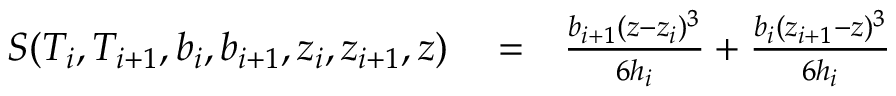
\begin{array} { r l r } { S ( T _ { i } , T _ { i + 1 } , b _ { i } , b _ { i + 1 } , z _ { i } , z _ { i + 1 } , z ) } & { { } = } & { \frac { b _ { i + 1 } ( z - z _ { i } ) ^ { 3 } } { 6 h _ { i } } + \frac { b _ { i } ( z _ { i + 1 } - z ) ^ { 3 } } { 6 h _ { i } } } \end{array}